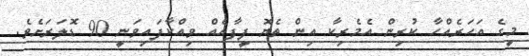
މީގެ އަހަރެއްހާ ކުރިން އެމެރިކާ އިން ތެޔޮ ފީފާއެއް ވިއްކާފައިވަނީ 90 ޑޮލަރަށެވެ.